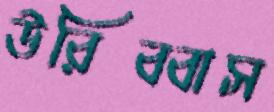
উরিব্বাস